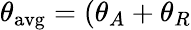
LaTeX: \theta_{\mathrm{avg}}=(\theta_{A}+\theta_{R}